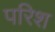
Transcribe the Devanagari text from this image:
परिश